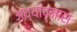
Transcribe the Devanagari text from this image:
अध्यापनास